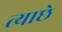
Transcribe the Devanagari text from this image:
त्याछे